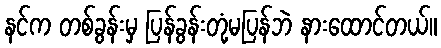
နင်က တစ်ခွန်းမှ ပြန်ခွန်းတုံ့မပြန်ဘဲ နားထောင်တယ်။